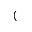
(